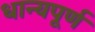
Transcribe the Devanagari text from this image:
धान्यपूर्ण